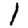
Digit: 1